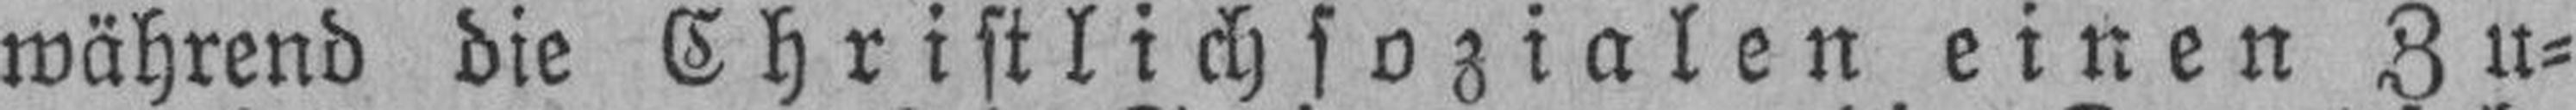
während die Christlichsozialen einen Zu¬